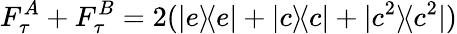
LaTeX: F_{\tau}^{A}+F_{\tau}^{B}=2(|e\rangle\! \langle e|+|c\rangle\! \langle c|+|c^{2}\rangle\! \langle c^{2}|)